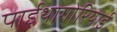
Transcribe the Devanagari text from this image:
पाईथागोरियाई